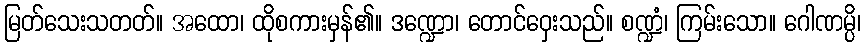
မြတ်သေးသတတ်။ အထော၊ ထိုစကားမှန်၏။ ဒဏ္ဍော၊ တောင်ဝှေးသည်။ စဏ္ဍံ၊ ကြမ်းသော။ ဂေါဏမ္ပိ၊